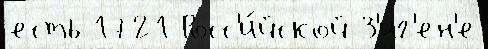
есть 1721 Росс'и́йской З'иг'ен'е